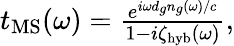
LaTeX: \begin{array}{r}{t_{\mathrm{MS}}(\omega)=\frac{e^{i\omega d_{g}n_{g}(\omega)/c}}{1-i\zeta_{\mathrm{hyb}}(\omega)},}\end{array}